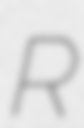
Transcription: R